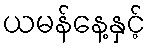
ယမန်နေ့နှင့်